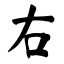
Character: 右